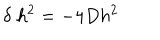
LaTeX: \delta \; h ^ { 2 } = - 4 D h ^ { 2 }